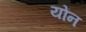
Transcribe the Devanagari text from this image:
योंन